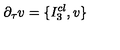
\partial _ { \tau } v = \{ I _ { 3 } ^ { c l } , v \}